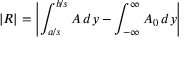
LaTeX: \left| R \right| = \left| \int _ { a / s } ^ { b / s } A \, d y - \int _ { - \infty } ^ { \infty } A _ { 0 } \, d y \right|